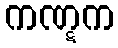
ကဏ္ဋက